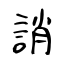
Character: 誚